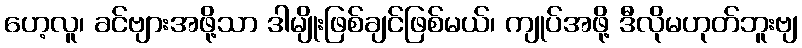
ဟေ့လူ၊ ခင်ဗျားအဖို့သာ ဒါမျိုးဖြစ်ချင်ဖြစ်မယ်၊ ကျုပ်အဖို့ ဒီလိုမဟုတ်ဘူးဗျ